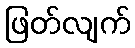
ဖြတ်လျက်